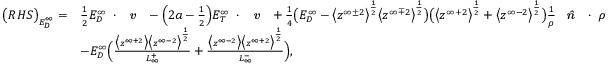
\begin{array} { r l } { \big ( R H S \big ) _ { E _ { D } ^ { \infty } } = } & { \frac { 1 } { 2 } E _ { D } ^ { \infty } \mathbf { \nabla } \cdot \textbf { \emph { v } } - \Big ( 2 a - \frac { 1 } { 2 } \Big ) E _ { T } ^ { \infty } \mathbf { \nabla } \cdot \textbf { \emph { v } } + \frac { 1 } { 4 } \big ( E _ { D } ^ { \infty } - \big < z ^ { \infty \pm 2 } \big > ^ { \frac { 1 } { 2 } } \big < z ^ { \infty \mp 2 } \big > ^ { \frac { 1 } { 2 } } \big ) \big ( \big < z ^ { \infty + 2 } \big > ^ { \frac { 1 } { 2 } } + \big < z ^ { \infty - 2 } \big > ^ { \frac { 1 } { 2 } } \big ) \frac { 1 } { \rho } \textbf { \emph { \^ n } } \cdot \mathbf { \nabla } \rho } \\ & { - E _ { D } ^ { \infty } \Big ( \frac { \big < z ^ { \infty + 2 } \big > \big < z ^ { \infty - 2 } \big > ^ { \frac { 1 } { 2 } } } { L _ { \infty } ^ { + } } + \frac { \big < z ^ { \infty - 2 } \big > \big < z ^ { \infty + 2 } \big > ^ { \frac { 1 } { 2 } } } { L _ { \infty } ^ { - } } \Big ) , } \end{array}